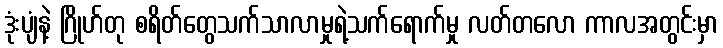
ဒုံးပျံနဲ့ ဂြိုဟ်တု စရိတ်တွေသက်သာလာမှုရဲ့သက်ရောက်မှု လတ်တလော ကာလအတွင်းမှာ